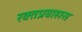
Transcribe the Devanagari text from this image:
रक्तप्रवाहास